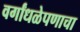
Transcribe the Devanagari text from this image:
वर्गांधळेपणाचा